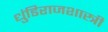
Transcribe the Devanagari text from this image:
धुंडिराजशास्त्री